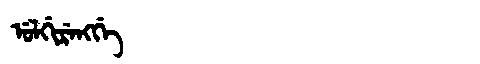
Manchu: ᡠᠯᡤᡳᡵᡝᠩᡤᡝ
Romanization: ULGIRENGGE